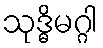
သုဒ္ဓိမဂ္ဂါ